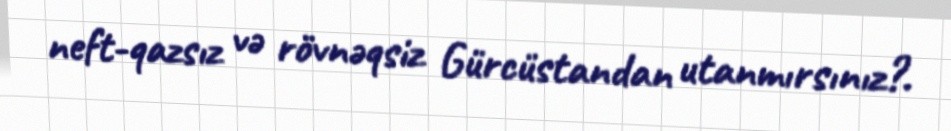
neft-qazsız və rövnəqsiz Gürcüstandan utanmırsınız?.